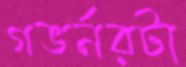
গভর্নরটা